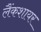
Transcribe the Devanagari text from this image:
लैंकशायर